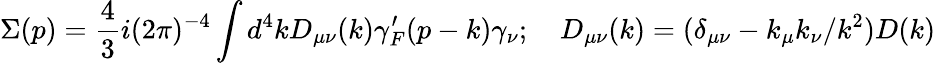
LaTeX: \Sigma(p)={\frac{4}{3}}i(2\pi)^{-4}\int d^{4}kD_{\mu\nu}(k)\gamma_{F}^{\prime}(p-k)\gamma_{\nu};\quad D_{\mu\nu}(k)=(\delta_{\mu\nu}-k_{\mu}k_{\nu}/k^{2})D(k)